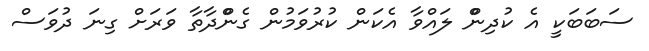
ސަބަބަކީ އެ ކުދިންް ލައްވާ އެކަން ކުރުުުވަމުން ގެންްދާތާ ވަރަށް ގިނަ ދުވަސް